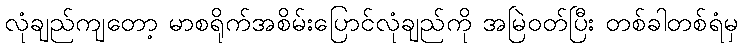
လုံချည်ကျတော့ မာစရိုက်အစိမ်းပြောင်လုံချည်ကို အမြဲဝတ်ပြီး တစ်ခါတစ်ရံမှ